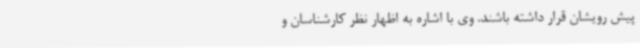
پیش رویشان قرار داشته باشند. وی با اشاره به اظهار نظر کارشناسان و